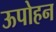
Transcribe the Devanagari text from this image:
ऊपोहन